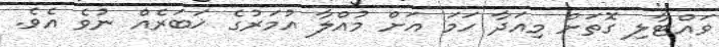
ވައްޓާލި ގޮތަށް މިއަދާ ހަމަ އަށް މުއްލާ އުމަރުގެ ޚަބަރެއް ނުވެ އެވެ.